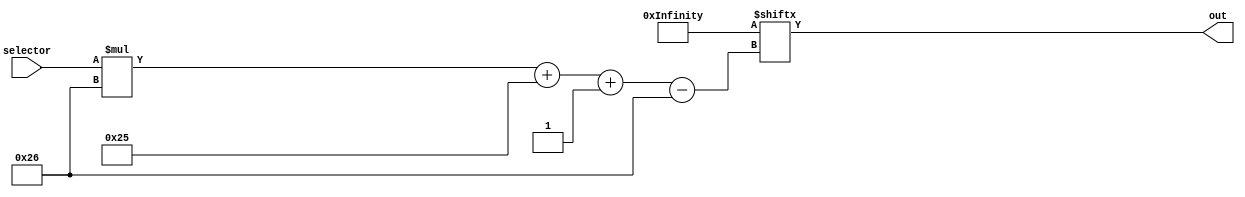
module rom1_12 (
    input [4:0] selector,
    output reg [37:0] out
  );
  
  
  
  localparam INPUTS = 1102'h2000000209fffe000220015c00088001c000b8a0010002a30f04000884003c0012033c4003b69c91a1e0594e8b64a95c280024011518449b858521000e5e0406043b600090006f700000000dc00000007700010000d400000007540158000cc00ec00ef300010001060001fffc17fffffff0400ec00901000000000211271c0c0600127cb00005407ec0;
  
  always @* begin
    out = INPUTS[(selector)*38+37-:38];
  end
endmodule